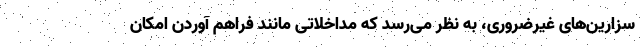
سزارین‌های غیرضروری، به نظر می‌رسد که مداخلاتی مانند فراهم آوردن امکان